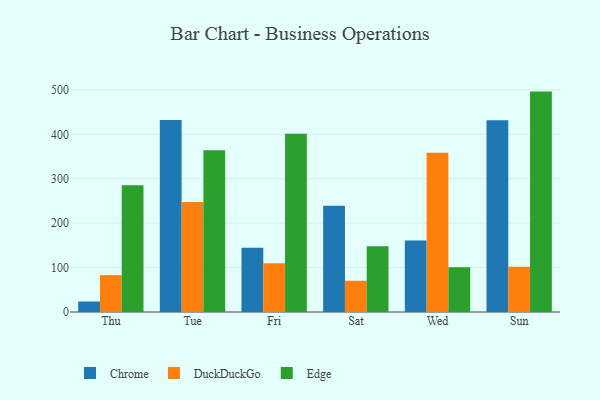
{"axis": {"x": "Day", "y": "Shipments"}, "legend": ["Chrome", "DuckDuckGo", "Edge"], "data": [{"x": "Thu", "y": 23.6, "type": "Chrome"}, {"x": "Thu", "y": 83.0, "type": "DuckDuckGo"}, {"x": "Thu", "y": 285.1, "type": "Edge"}, {"x": "Tue", "y": 432.4, "type": "Chrome"}, {"x": "Tue", "y": 247.8, "type": "DuckDuckGo"}, {"x": "Tue", "y": 364.3, "type": "Edge"}, {"x": "Fri", "y": 144.9, "type": "Chrome"}, {"x": "Fri", "y": 109.7, "type": "DuckDuckGo"}, {"x": "Fri", "y": 401.3, "type": "Edge"}, {"x": "Sat", "y": 239.2, "type": "Chrome"}, {"x": "Sat", "y": 70.4, "type": "DuckDuckGo"}, {"x": "Sat", "y": 148.2, "type": "Edge"}, {"x": "Wed", "y": 161.1, "type": "Chrome"}, {"x": "Wed", "y": 358.7, "type": "DuckDuckGo"}, {"x": "Wed", "y": 100.5, "type": "Edge"}, {"x": "Sun", "y": 431.8, "type": "Chrome"}, {"x": "Sun", "y": 102.0, "type": "DuckDuckGo"}, {"x": "Sun", "y": 496.2, "type": "Edge"}]}